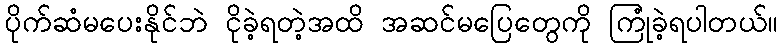
ပိုက်ဆံမပေးနိုင်ဘဲ ငိုခဲ့ရတဲ့အထိ အဆင်မပြေတွေကို ကြုံခဲ့ရပါတယ်။